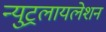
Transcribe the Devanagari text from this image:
न्युट्रलायलेशन